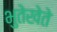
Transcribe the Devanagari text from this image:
भुतेखेते